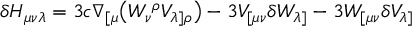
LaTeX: \delta H _ { \mu \nu \lambda } = 3 c \nabla _ { [ \mu } \bigl ( W _ { \nu } { } ^ { \rho } V _ { \lambda ] \rho } \bigr ) - 3 V _ { [ \mu \nu } \delta W _ { \lambda ] } - 3 W _ { [ \mu \nu } \delta V _ { \lambda ] }